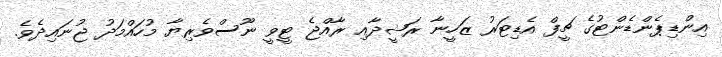
އިންޑިޕެންޑެންޓުގެ ޗީފް އެޑިޓަރު ޒަހީނާ ރަޝީދާއި ރާއްޖެ ޓީވީ ނޫސްވެރިޔާ މުހައްމަދު ޖުނައިދެވެ.